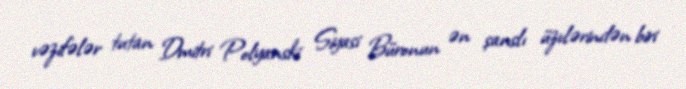
vəzifələr tutan Dmitri Polyanski Siyasi Büronun ən şanslı üzvlərindən biri